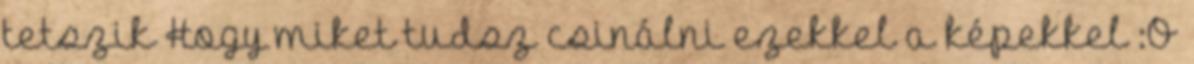
tetszik Hogy miket tudsz csinálni ezekkel a képekkel :O